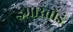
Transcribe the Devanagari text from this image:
इमारतोइं